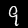
Digit: 9